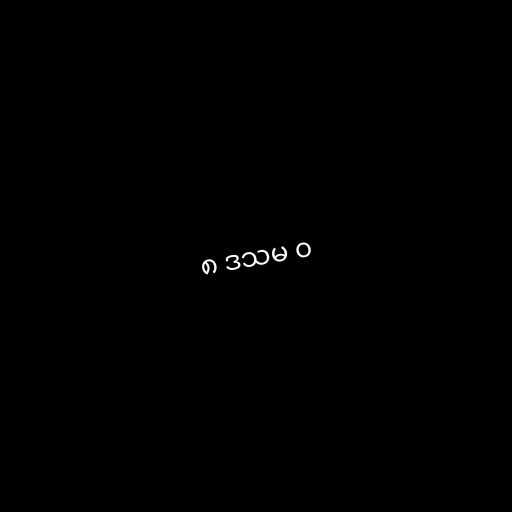
၈ ဒသမ ၀